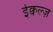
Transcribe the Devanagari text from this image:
ईक्वल्ज़